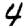
Digit: 4